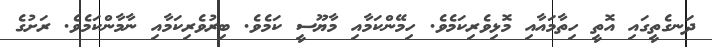
ދަނގެތީގައި އޮތީ ހިތާމައާއި މޮޅިވެރިކަމެވެ. ހިމޭންކަމާއި މާޔޫސީ ކަމެވެ. ބިރުވެރިކަމާއި ނާމާންކަމެވެ. ރަށުގެ